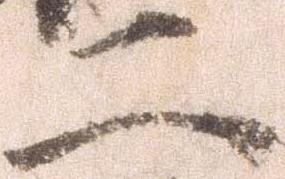
二